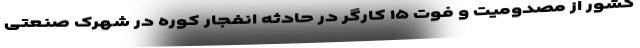
کشور از مصدومیت و فوت ۱۵ کارگر در حادثه انفجار کوره در شهرک صنعتی